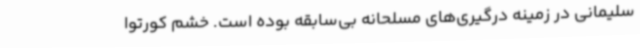
سلیمانی در زمینه درگیری‌های مسلحانه بی‌سابقه بوده است. خشم کورتوا